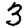
Digit: 3